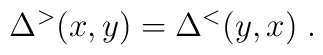
\Delta^>(x,y)  = \Delta^<(y,x)  \;.